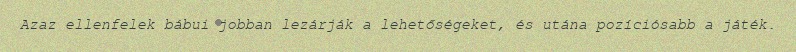
Azaz ellenfelek bábui jobban lezárják a lehetőségeket, és utána pozíciósabb a játék.